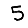
Digit: 5